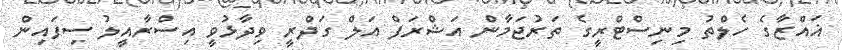
ޣައްޒާގެ ހެލްތު މިނިސްޓްރީގެ ތަރުޖަމާން އަޝްރަފް އަލް ގަދްރީ ވިދާޅުވީ އިސްރާއީލު ސިފައިން